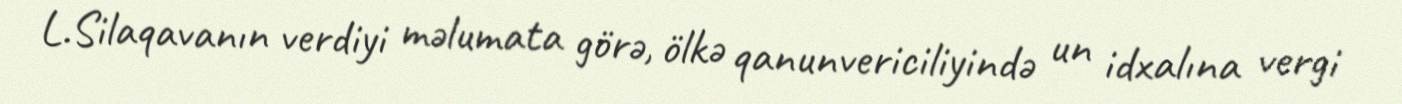
L.Silaqavanın verdiyi məlumata görə, ölkə qanunvericiliyində un idxalına vergi